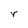
Character: r